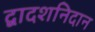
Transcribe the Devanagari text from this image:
द्वादशनिदान